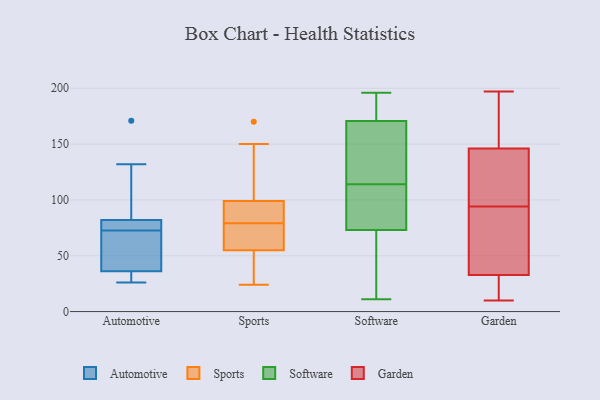
{"axis": {"x": "Inventory Turnover", "y": "Value"}, "legend": ["Automotive", "Garden", "Software", "Sports"], "data": [{"x": "", "y": 82, "type": "Automotive"}, {"x": "", "y": 69, "type": "Automotive"}, {"x": "", "y": 36, "type": "Automotive"}, {"x": "", "y": 30, "type": "Automotive"}, {"x": "", "y": 26, "type": "Automotive"}, {"x": "", "y": 171, "type": "Automotive"}, {"x": "", "y": 79, "type": "Automotive"}, {"x": "", "y": 76, "type": "Automotive"}, {"x": "", "y": 132, "type": "Automotive"}, {"x": "", "y": 58, "type": "Automotive"}, {"x": "", "y": 55, "type": "Sports"}, {"x": "", "y": 86, "type": "Sports"}, {"x": "", "y": 52, "type": "Sports"}, {"x": "", "y": 75, "type": "Sports"}, {"x": "", "y": 95, "type": "Sports"}, {"x": "", "y": 71, "type": "Sports"}, {"x": "", "y": 145, "type": "Sports"}, {"x": "", "y": 69, "type": "Sports"}, {"x": "", "y": 170, "type": "Sports"}, {"x": "", "y": 99, "type": "Sports"}, {"x": "", "y": 24, "type": "Sports"}, {"x": "", "y": 150, "type": "Sports"}, {"x": "", "y": 101, "type": "Sports"}, {"x": "", "y": 39, "type": "Sports"}, {"x": "", "y": 98, "type": "Sports"}, {"x": "", "y": 80, "type": "Sports"}, {"x": "", "y": 31, "type": "Sports"}, {"x": "", "y": 78, "type": "Sports"}, {"x": "", "y": 93, "type": "Software"}, {"x": "", "y": 111, "type": "Software"}, {"x": "", "y": 182, "type": "Software"}, {"x": "", "y": 123, "type": "Software"}, {"x": "", "y": 11, "type": "Software"}, {"x": "", "y": 177, "type": "Software"}, {"x": "", "y": 72, "type": "Software"}, {"x": "", "y": 109, "type": "Software"}, {"x": "", "y": 38, "type": "Software"}, {"x": "", "y": 76, "type": "Software"}, {"x": "", "y": 114, "type": "Software"}, {"x": "", "y": 135, "type": "Software"}, {"x": "", "y": 26, "type": "Software"}, {"x": "", "y": 37, "type": "Software"}, {"x": "", "y": 167, "type": "Software"}, {"x": "", "y": 134, "type": "Software"}, {"x": "", "y": 172, "type": "Software"}, {"x": "", "y": 192, "type": "Software"}, {"x": "", "y": 196, "type": "Software"}, {"x": "", "y": 36, "type": "Garden"}, {"x": "", "y": 10, "type": "Garden"}, {"x": "", "y": 197, "type": "Garden"}, {"x": "", "y": 62, "type": "Garden"}, {"x": "", "y": 143, "type": "Garden"}, {"x": "", "y": 94, "type": "Garden"}, {"x": "", "y": 72, "type": "Garden"}, {"x": "", "y": 144, "type": "Garden"}, {"x": "", "y": 152, "type": "Garden"}, {"x": "", "y": 55, "type": "Garden"}, {"x": "", "y": 161, "type": "Garden"}, {"x": "", "y": 129, "type": "Garden"}, {"x": "", "y": 187, "type": "Garden"}, {"x": "", "y": 17, "type": "Garden"}, {"x": "", "y": 23, "type": "Garden"}, {"x": "", "y": 107, "type": "Garden"}, {"x": "", "y": 23, "type": "Garden"}]}